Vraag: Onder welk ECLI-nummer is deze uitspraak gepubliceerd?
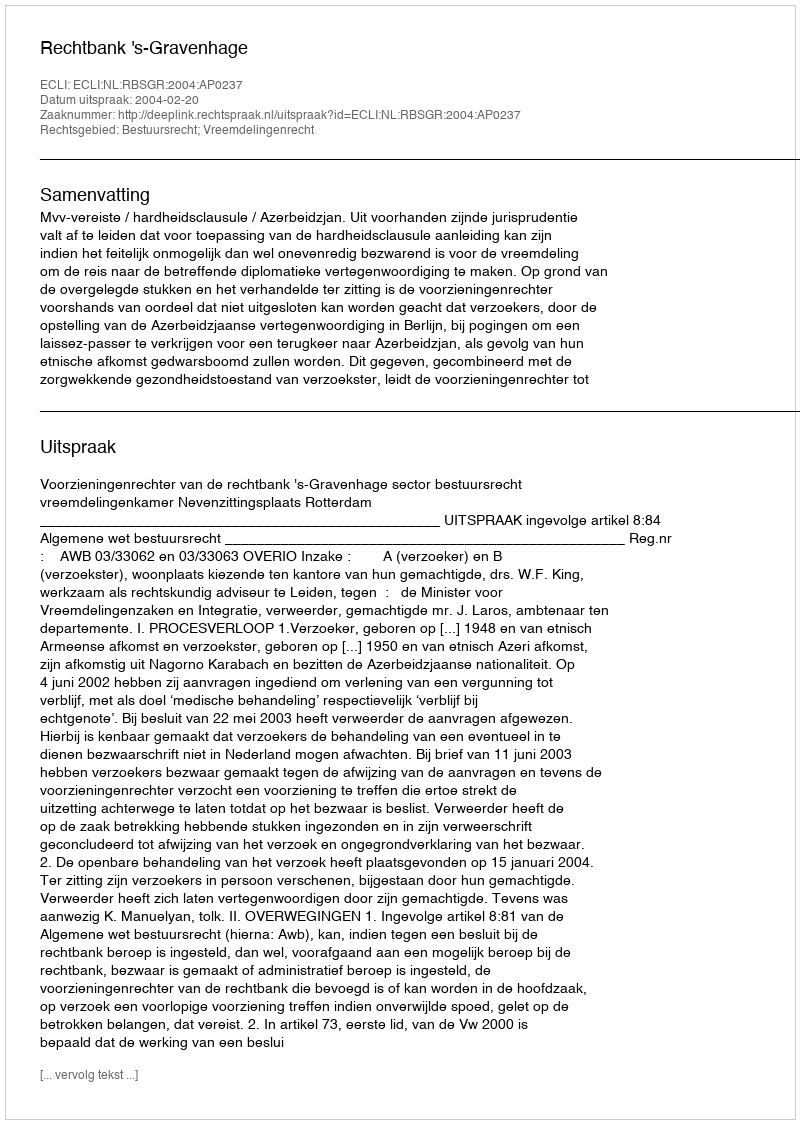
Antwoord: ECLI:NL:RBSGR:2004:AP0237